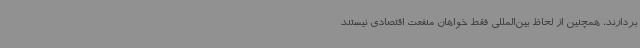
بردارند، همچنین از لحاظ بین‌المللی فقط خواهان منفعت اقتصادی نیستند